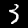
Label: 3